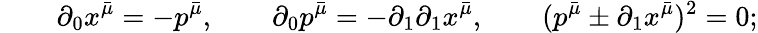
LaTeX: \qquad\partial_{0}x^{\bar{\mu}}=-p^{\bar{\mu}},\qquad\partial_{0}p^{\bar{\mu}}=-\partial_{1}\partial_{1}x^{\bar{\mu}},\qquad(p^{\bar{\mu}}\pm\partial_{1}x^{\bar{\mu}})^{2}=0;